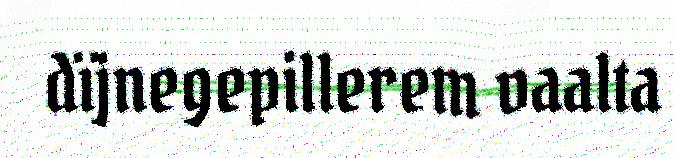
dïjnegepillerem vaalta